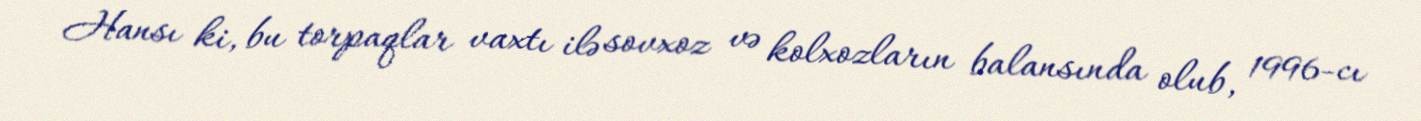
Hansı ki, bu torpaqlar vaxtı ilə sovxoz və kolxozların balansında olub, 1996-cı